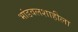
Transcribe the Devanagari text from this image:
भांडवलशाहीला